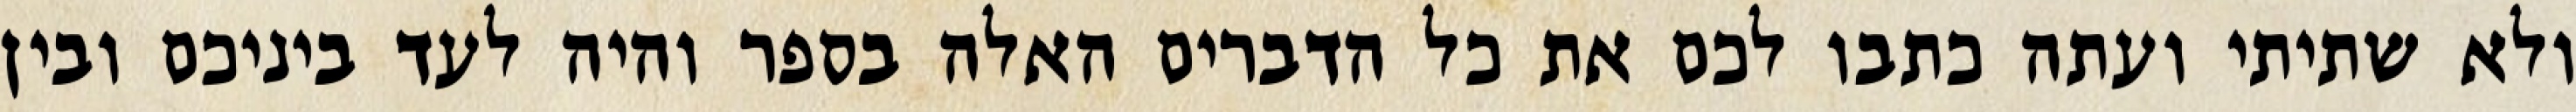
ולא שתיתי ועתה כתבו לכם את כל הדברים האלה בספר והיה לעד ביניכם ובין